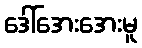
ဒေါ်အေးအေးမူ